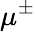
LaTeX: \mu^{\pm}